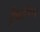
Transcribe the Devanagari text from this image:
ड्रैकोनिस